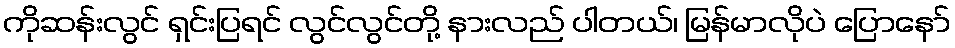
ကိုဆန်းလွင် ရှင်းပြရင် လွင်လွင်တို့ နားလည် ပါတယ်၊ မြန်မာလိုပဲ ပြောနော်